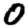
Digit: 0